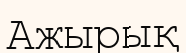
Ажырық